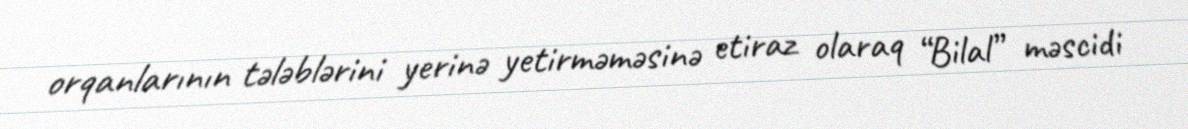
orqanlarının tələblərini yerinə yetirməməsinə etiraz olaraq “Bilal” məscidi